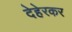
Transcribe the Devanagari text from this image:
देहेरकर